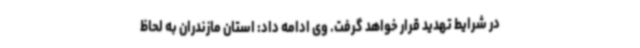
در شرایط تهدید قرار خواهد گرفت. وی ادامه داد: استان مازندران به لحاظ